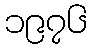
၁၉၇၆